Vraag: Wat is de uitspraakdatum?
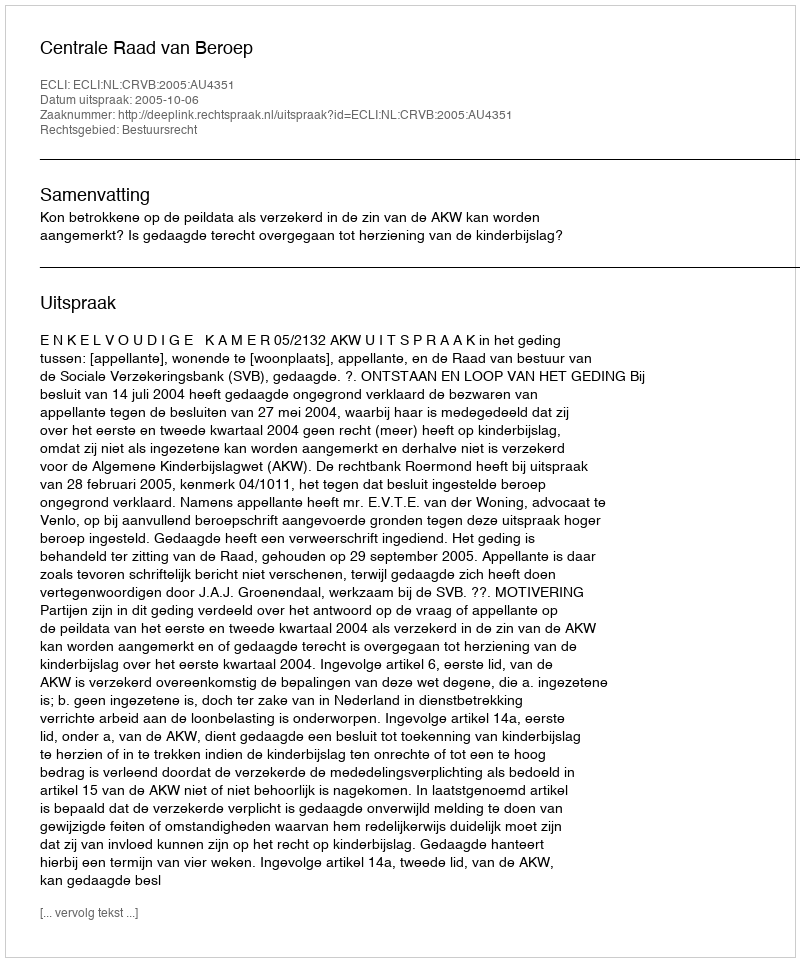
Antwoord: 2005-10-06